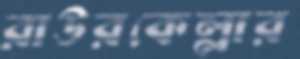
রাউরকেল্লার